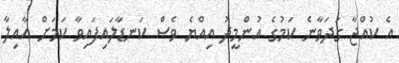
އެ ކުއްޖާ ގަދަވާނެ ކަމުގެ އުންމީދު އިއްޔެ ވެސް ކަނޑާލައިފައިވާ ކަމަށް އާއިލާ